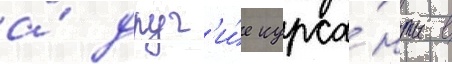
а́ друг'и́е курса́нты в